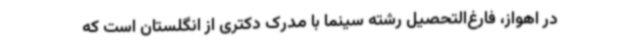
در اهواز، فارغ‌التحصیل رشته سینما با مدرک دکتری از انگلستان است که